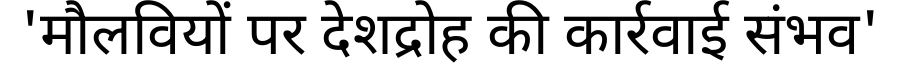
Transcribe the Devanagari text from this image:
'मौलवियों पर देशद्रोह की कार्रवाई संभव'